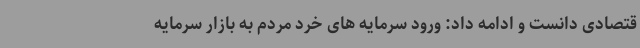
قتصادی دانست و ادامه داد: ورود سرمایه های خرد مردم به بازار سرمایه